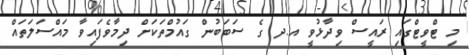
މި ޓްވީޓްގައި ރައީސް ވިދާޅުވީ އ.ދ ގެ ސަބަބުން ގައުމްތަކަށް ދިމާވެފައިވާ މައްސަލަތައް